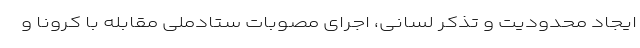
ایجاد محدودیت و تذکر لسانی، اجرای مصوبات ستادملی مقابله با کرونا و